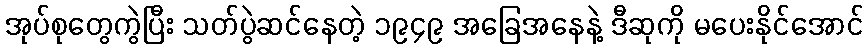
အုပ်စုတွေကွဲပြီး သတ်ပွဲဆင်နေတဲ့ ၁၉၄၉ အခြေအနေနဲ့ ဒီဆုကို မပေးနိုင်အောင်